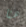
هنا